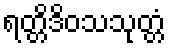
ရတ္တိဒိဝသသုတ္တံ